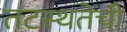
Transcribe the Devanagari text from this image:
तटस्थतेची